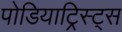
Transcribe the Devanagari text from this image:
पोडियाट्रिस्ट्स